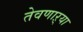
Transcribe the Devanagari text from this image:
तेवणाऱ्या